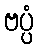
ဗပ္ပံ